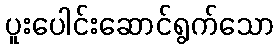
ပူးပေါင်းဆောင်ရွက်သော